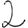
Digit: 2